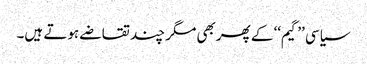
سیاسی ’’گیم‘‘ کے پھربھی مگر چند تقاضے ہوتے ہیں۔